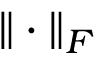
\| \cdot \| _ { F }